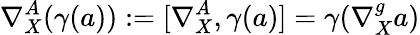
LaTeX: \nabla_{X}^{A}(\gamma(a)):=[\nabla_{X}^{A},\gamma(a)]=\gamma(\nabla_{X}^{g}a)